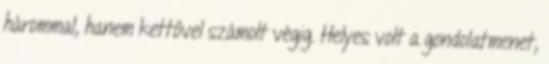
hárommal, hanem kettővel számolt végig. Helyes volt a gondolatmenet,